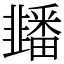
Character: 䪤